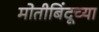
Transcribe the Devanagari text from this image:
मोतीबिंदूच्या